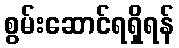
စွမ်းဆောင်ရရှိရန်